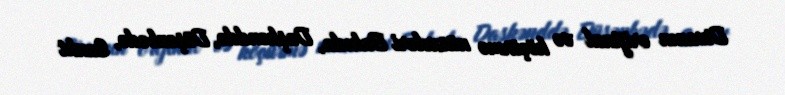
Divanın orijinal və köçürmə nüsxələri Bakıda, Daşkənddə, Düşənbədə, Sankt